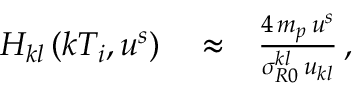
\begin{array} { r l r } { H _ { k l } \left( k T _ { i } , u ^ { s } \right) } & { { } \approx } & { \frac { 4 \, m _ { p } \, u ^ { s } } { \sigma _ { R 0 } ^ { k l } \, u _ { k l } } \, , } \end{array}